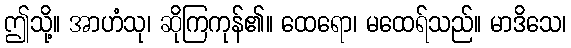
ဤသို့။ အာဟံသု၊ ဆိုကြကုန်၏။ ထေရော၊ မထေရ်သည်။ မာဒိသေ၊